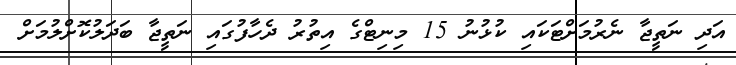
އަދި ނަތީޖާ ނެރުމަށްޓަކައި ކުޅުނު 15 މިނިޓްގެ އިތުރު ދެހާފުގައި ނަތީޖާ ބަދަލުކޮށްލުމަށް